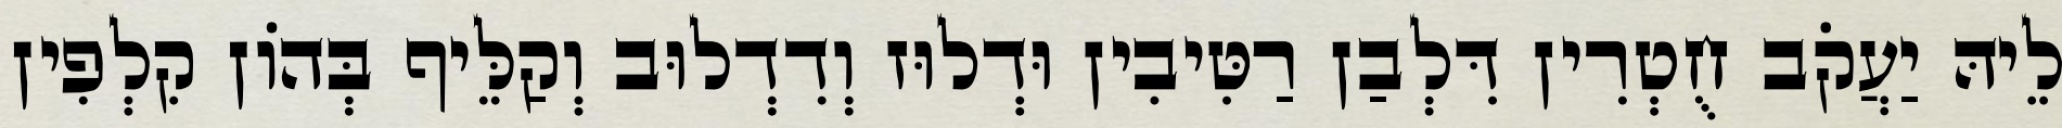
לֵיהּ יַעֲקֹב חֻטְרִין דִּלְבַן רַטִּיבִין וּדְלוּז וְדִדְלוּב וְקַלֵּיף בְּהוֹן קִלְפִין